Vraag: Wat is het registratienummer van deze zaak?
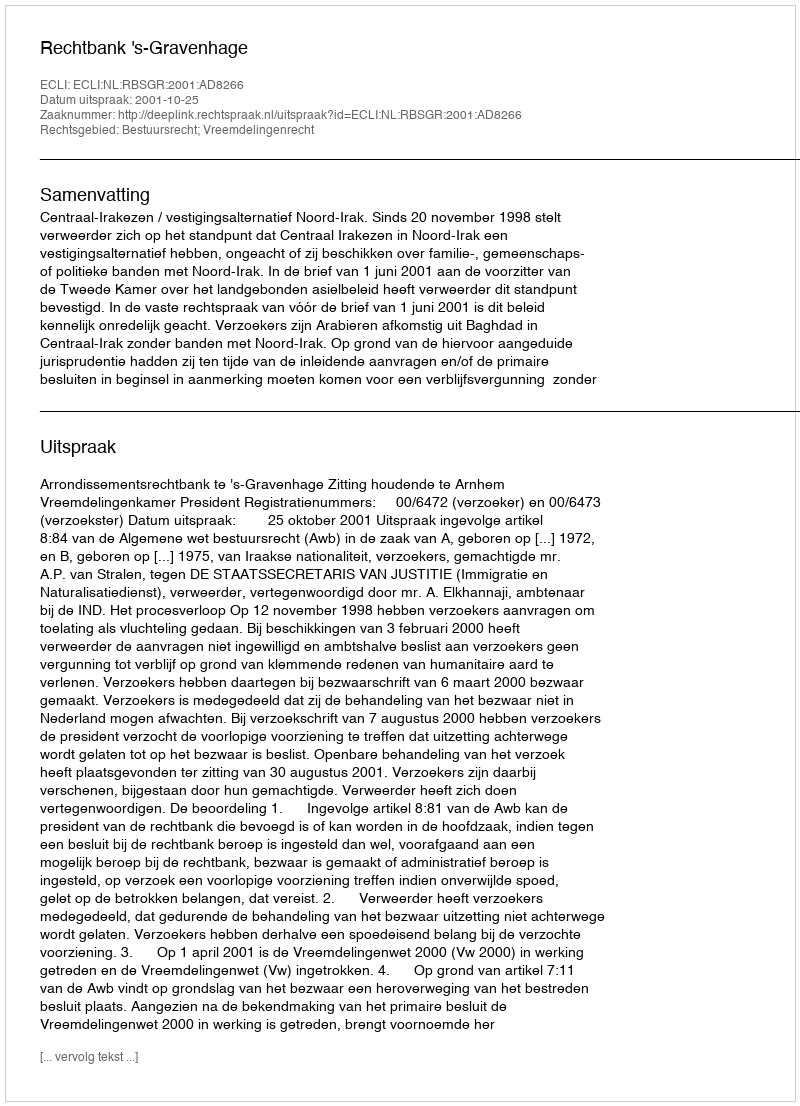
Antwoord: http://deeplink.rechtspraak.nl/uitspraak?id=ECLI:NL:RBSGR:2001:AD8266